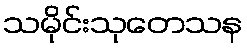
သမိုင်းသုတေသန